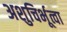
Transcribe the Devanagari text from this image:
अशुचिर्भूत्वा